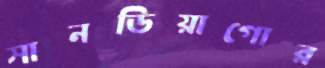
সানডিয়াগোর